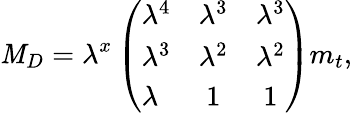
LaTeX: {\mathit M}_{D}=\lambda^{x}\left(\begin{array}{lcc}{{\lambda^{4}}}&{{\lambda^{3}}}&{{\lambda^{3}}}\\ {{\lambda^{3}}}&{{\lambda^{2}}}&{{\lambda^{2}}}\\ {{\lambda}}&{{1}}&{{1}}\end{array}\right)m_{t},